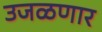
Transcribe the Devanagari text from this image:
उजळणार